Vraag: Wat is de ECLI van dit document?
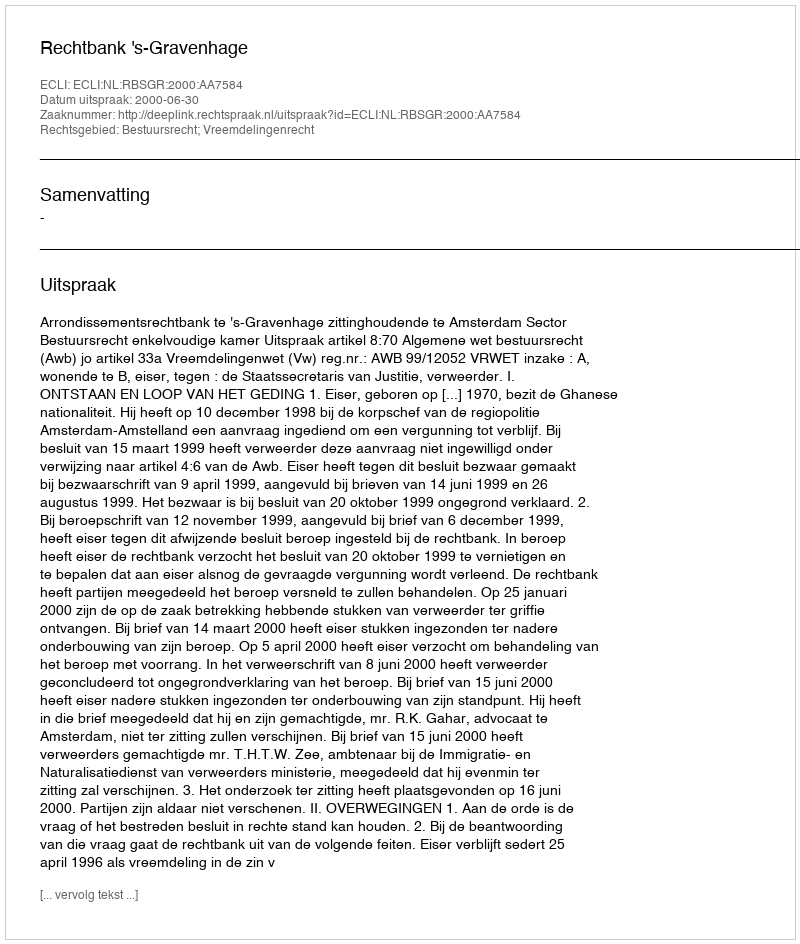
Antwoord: ECLI:NL:RBSGR:2000:AA7584